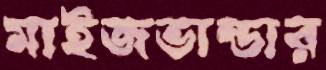
মাইজভান্ডার